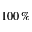
1 0 0 \, \%